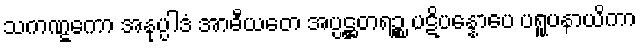
သကဏ္ဋကော အနုပ္ပါဒံ အာဓီယတေ အပ္ပဋ္ဌတရဉ္စ ပဋိပန္နောပေ ပရူပနာယိကာ